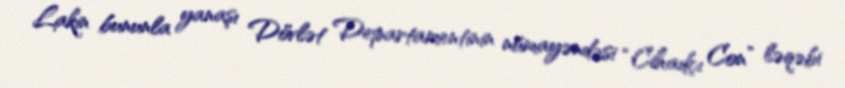
Lakin bununla yanaşı Dövlət Departamentinin nümayəndəsi “Cihadçı Con” ləqəbi